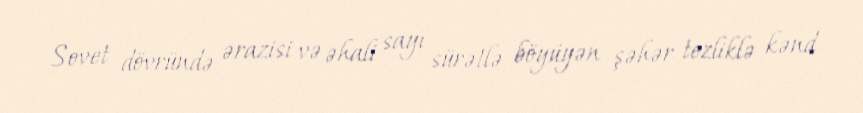
Sovet dövründə ərazisi və əhali sayı sürətlə böyüyən şəhər tezliklə kənd